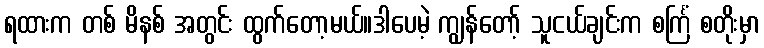
ရထားက တစ် မိနစ် အတွင်း ထွက်တော့မယ်။ဒါပေမဲ့ ကျွန်တော့် သူငယ်ချင်းက စင်္ကြံ စတိုးမှာ